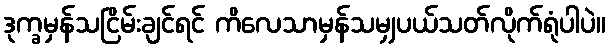
ဒုက္ခမှန်သငြိမ်းချင်ရင် ကိလေသာမှန်သမျှပယ်သတ်လိုက်ရုံပါပဲ။